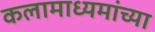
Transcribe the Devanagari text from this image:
कलामाध्यमांच्या